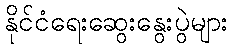
နိုင်ငံရေးဆွေးနွေးပွဲများ